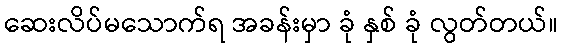
ဆေးလိပ်မသောက်ရ အခန်းမှာ ခုံ နှစ် ခုံ လွတ်တယ်။